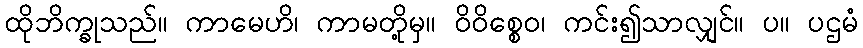
ထိုဘိက္ခုသည်။ ကာမေဟိ၊ ကာမတို့မှ။ ဝိဝိစ္စေဝ၊ ကင်း၍သာလျှင်။ ပ။ ပဌမံ